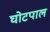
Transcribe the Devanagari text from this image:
घोटपाल